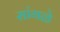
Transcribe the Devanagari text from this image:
सांगळे